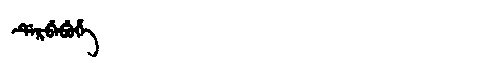
Manchu: ᡩᡝᡵᠪᡝᠪᡠᡥᡝ
Romanization: DERBEBUHE